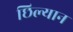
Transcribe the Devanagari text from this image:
छिल्यान